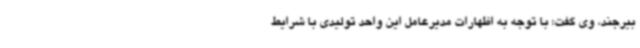
بیرجند، وی گفت: با توجه به اظهارات مدیرعامل این واحد تولیدی با شرایط